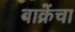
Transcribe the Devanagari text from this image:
बाक्रेंचा